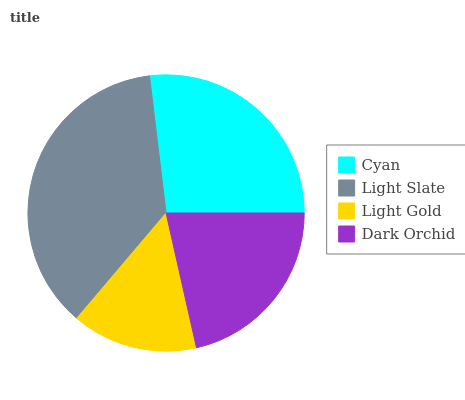
| Cyan | Light Slate | Light Gold | Dark Orchid |
 | --- | --- | --- | --- |
 | 26.9% | 36.9% | 14.7% | 21.5% |